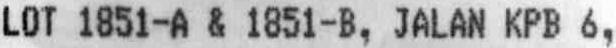
LOT 1851-A & 1851-B, JALAN KPB 6,